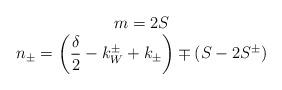
LaTeX: \begin{align*}\begin{array}{c}m=2S\\n_{\pm }=\left( \displaystyle\frac{\delta }{2}-k_{W}^{\pm }+k_{\pm }\right) \mp \left( S-2S^{\pm }\right) \end{array}\end{align*}